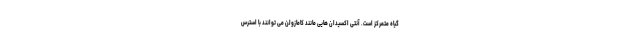
گیاه متمرکز است. آنتی اکسیدان هایی مانند کامازولن می توانند با استرس